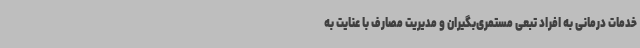
خدمات درمانی به افراد تبعی مستمری‌بگیران و مدیریت مصارف با عنایت به